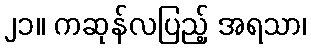
၂၁။ ကဆုန်လပြည့် အရသာ၊